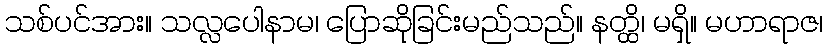
သစ်ပင်အား။ သလ္လပေါနာမ၊ ပြောဆိုခြင်းမည်သည်။ နတ္ထိ၊ မရှိ။ မဟာရာဇ၊